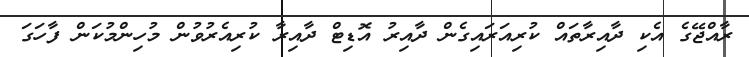
ރާއްޖޭގެ އެކި ދާއިރާތައް ކުރިއަރައިގެން ދާއިރު އޮޑިޓް ދާއިރާ ކުރިއެރުވުން މުހިންމުކަން ފާހަގަ